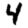
Digit: 4